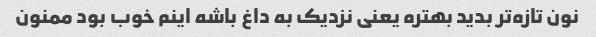
نون تازه‌تر بدید بهتره یعنی نزدیک به داغ باشه اینم خوب بود ممنون